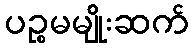
ပဉ္စမမျိုးဆက်